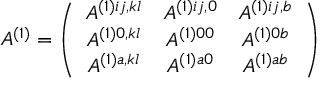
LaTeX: A ^ { ( 1 ) } = \left( \begin{array} { c c c } { { A ^ { ( 1 ) i j , k l } } } & { { A ^ { ( 1 ) i j , 0 } } } & { { A ^ { ( 1 ) i j , b } } } \\ { { A ^ { ( 1 ) 0 , k l } } } & { { A ^ { ( 1 ) 0 0 } } } & { { A ^ { ( 1 ) 0 b } } } \\ { { A ^ { ( 1 ) a , k l } } } & { { A ^ { ( 1 ) a 0 } } } & { { A ^ { ( 1 ) a b } } } \end{array} \right)